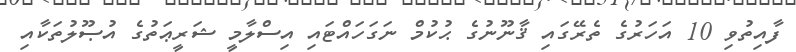
ފާއިތުވި 10 އަހަރުގެ ތެރޭގައި ޤާނޫނުގެ ޙުކުމް ނަގަހައްޓައި އިސްލާމީ ޝަރީޢަތުގެ އުޞޫލުތަކާއި